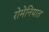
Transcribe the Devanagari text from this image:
रोमेनियात